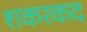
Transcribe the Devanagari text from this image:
शकरकद